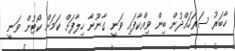
ހާބަރު ސަރަހައްދުން ބިން ވިއްކާފައި ވަނީ ގާނޫނާ ހިލާފަށް ކަމަށް ކޯޓުން ވަނީ